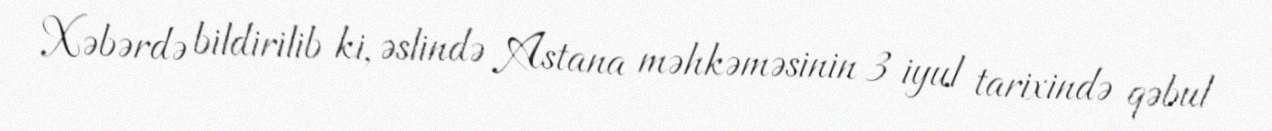
Xəbərdə bildirilib ki, əslində Astana məhkəməsinin 3 iyul tarixində qəbul